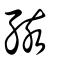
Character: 孩